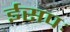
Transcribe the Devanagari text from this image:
ईसपः